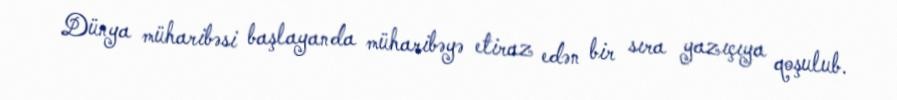
Dünya müharibəsi başlayanda müharibəyə etiraz edən bir sıra yazıçıya qoşulub.